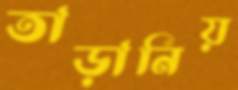
তাড়ানিয়